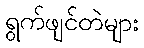
ရွက်ဖျင်တဲများ